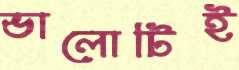
ভালোটিই